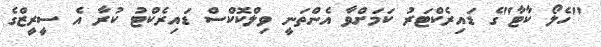
"ހެލޯ ކާޓާ"ގެ ޑައިރެކްޓަރު ކަމަށްވާ އެންތަނީ ވިލްކޮކްސް ޑައިރެކްޓު ކުރާ އެ ސީރީޒްގެ